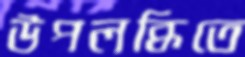
উপলব্ধিতে